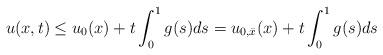
LaTeX: \begin{align*}u(x,t)\le u_0(x)+t \int_0^1 g(s)ds= u_{0,\bar x}(x)+t \int_0^1 g(s)ds\end{align*}